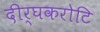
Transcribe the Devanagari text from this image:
दीर्घकरोटि